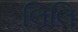
લિલિ